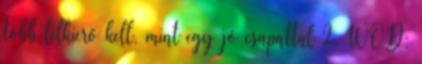
több lelkierő kell, mint egy jó csapattal 2. WOD: